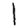
Digit: 1